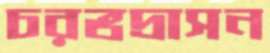
চরভদ্রাসন